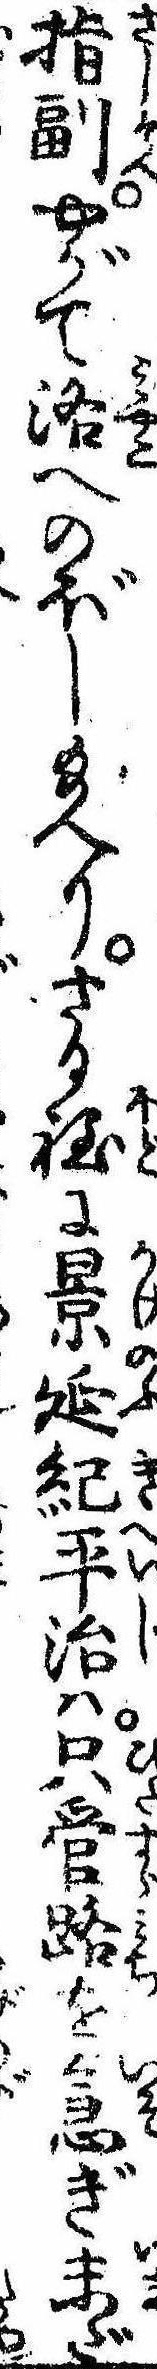
指副やがて洛へのぼし給へりさる程に景延紀平治は只管路を急ぎ未だ